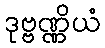
ဒုဗ္ဗဏ္ဏိယံ